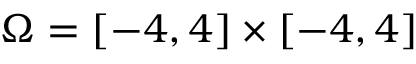
\Omega = [ - 4 , 4 ] \times [ - 4 , 4 ]